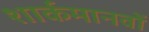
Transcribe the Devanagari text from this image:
शार्कमानवों